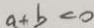
a + b < 0